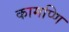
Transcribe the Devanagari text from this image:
कामप्णि